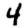
Digit: 4